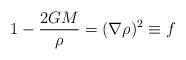
LaTeX: \begin{align*}1 - \frac{2GM}{\rho} = (\nabla\rho)^2 \equiv f\end{align*}